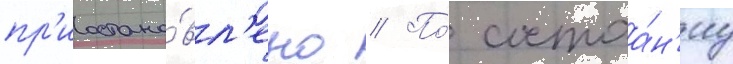
пр'иостано́вл'ено // По́ состоа́н'иу